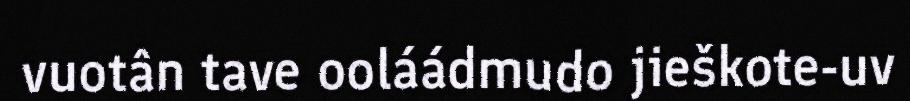
vuotân tave ooláádmudo jieškote-uv